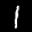
Label: 1